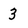
Character: 3